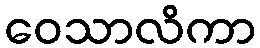
ဝေသာလိကာ